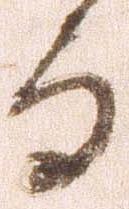
而